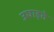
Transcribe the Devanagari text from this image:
उघाड़ते